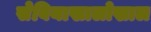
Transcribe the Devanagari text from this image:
सेबियाखालोखाल